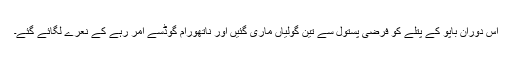
اس دوران باپو کے پتلے کو فرضی پستول سے تین گولیاں ماری گئیں اور ناتھورام گوڈسے امر رہے کے نعرے لگائے گئے۔